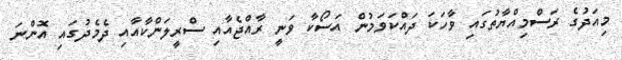
މިއަދުގެ ރަސްމިއްޔާތުގައި ވާހަކަ ދައްކަވަމުން އަސޯކާ ވަނީ ރާއްޖެއާއި ސްރީލަންކާއާއި ދެމެދުގައި އޮންނަ